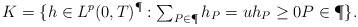
\begin{align*}K=\{h \in L^p(0,T)^{\P}: \mbox{$ \sum_{P \in \P} h_P=u$} h_P \geq 0P\in\P\}.\end{align*}